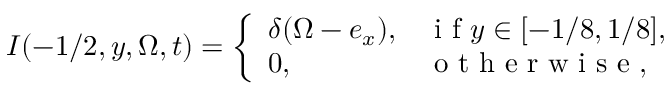
I ( - 1 / 2 , y , \Omega , t ) = \left\{ \begin{array} { l l } { \delta ( \Omega - e _ { x } ) , } & { \mathrm { ~ i ~ f ~ } y \in [ - 1 / 8 , 1 / 8 ] , } \\ { 0 , } & { \mathrm { ~ o ~ t ~ h ~ e ~ r ~ w ~ i ~ s ~ e ~ } , } \end{array} \right.